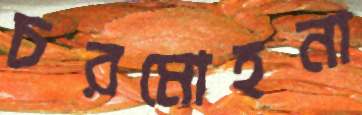
চরমোহনা